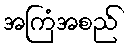
အကြံအစည်